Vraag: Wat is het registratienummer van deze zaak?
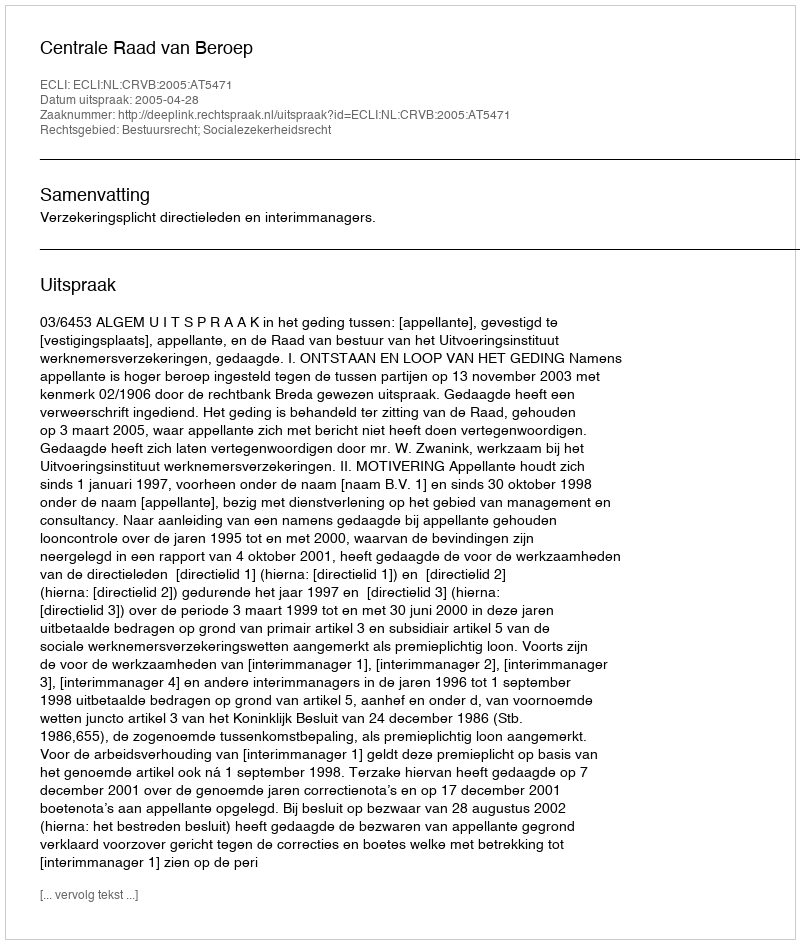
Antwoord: http://deeplink.rechtspraak.nl/uitspraak?id=ECLI:NL:CRVB:2005:AT5471